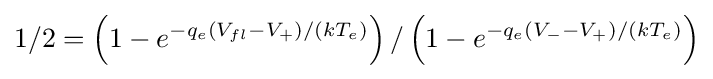
1/2=\left(1-e^{-q_{e}(V_{fl}-V_{+})/(kT_{e})}\right)/\left(1-e^{-q_{e}(V_{-}-V_{+})/(kT_{e})}\right)